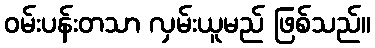
ဝမ်းပန်းတသာ လှမ်းယူမည် ဖြစ်သည်။